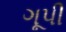
ગૂપી